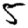
Digit: 5